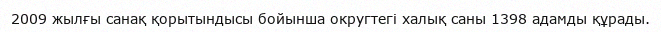
2009 жылғы санақ қорытындысы бойынша округтегі халық саны 1398 адамды құрады.